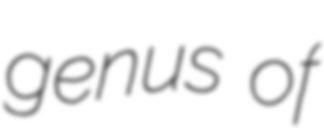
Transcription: genus of